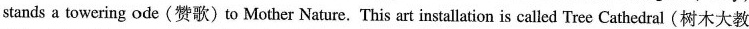
stands a towering ode (赞歌) to Mother Nature. This art installation is called Tree Cathedral (树木大教